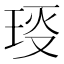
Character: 𤥙